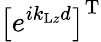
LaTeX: \left[e^{ik_{\mathrm{L}z}d}\right]^{\mathrm{T}}